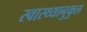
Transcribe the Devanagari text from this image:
स्वास्थ्यानुकुल